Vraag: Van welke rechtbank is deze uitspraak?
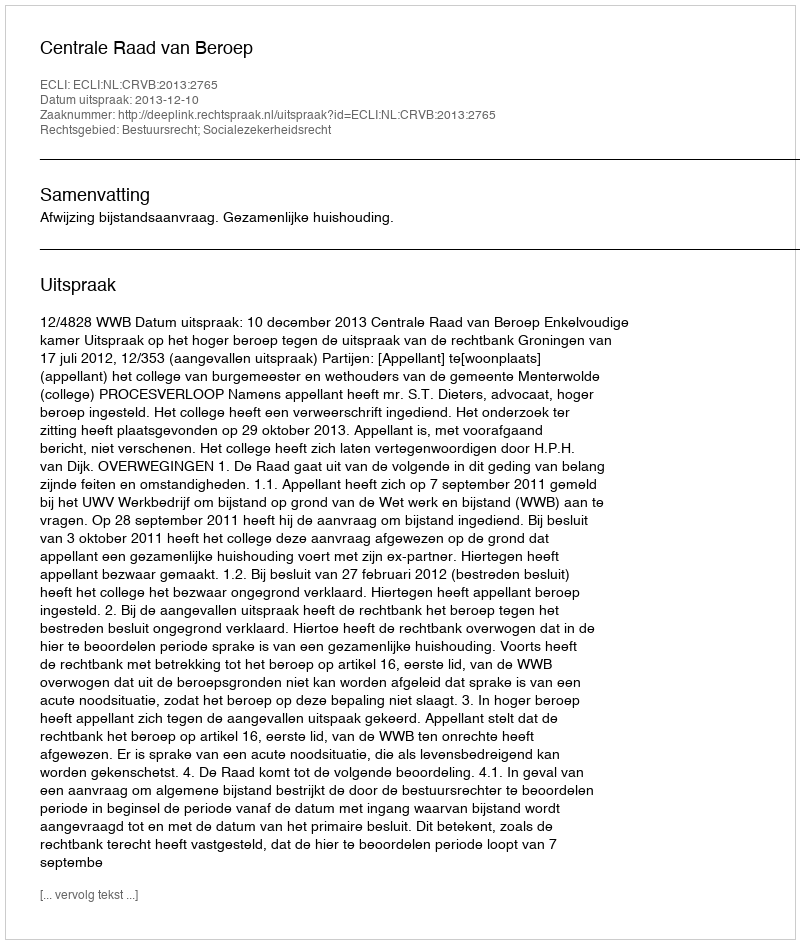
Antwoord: Centrale Raad van Beroep